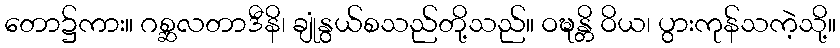
တော၌ကား။ ဂစ္ဆလတာဒီနိ၊ ချုံနွယ်စသည်တို့သည်။ ဝဍ္ဎန္တိ ဝိယ၊ ပွားကုန်သကဲ့သို့။